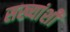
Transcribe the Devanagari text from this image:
सख्यांशी